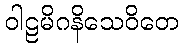
ဝါဠမိဂနိသေဝိတေ